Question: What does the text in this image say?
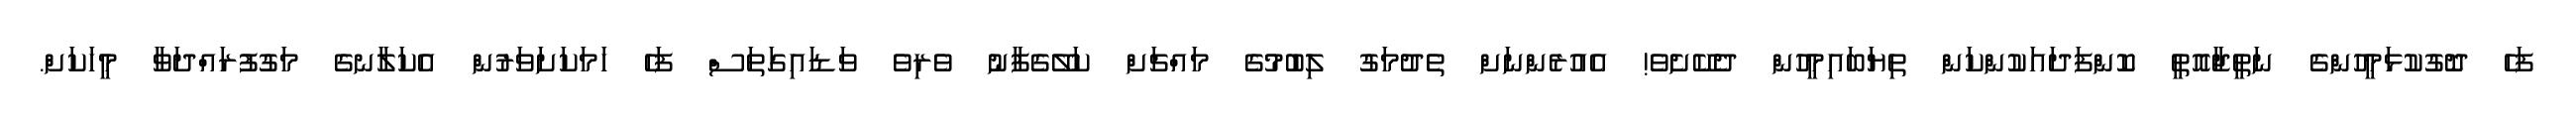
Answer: ފަހެ ދޮގުކުޅަމީހުންގެ ނަތީޖާއޮތީ ކޮންފަދައަކުންކަން ތިޔަބައިމީހުން ދެކޭށެވެ! އެއުރެންނަށް ތެދުމަގު ލިބުމުގެ މައްޗަށް ކަލޭގެފާނު ވެރިވެ ވަޑައިގަތަސް ފަހެ ހަމަކަށަވަރުން އެކަލާނގެ މަގުފުރައްދަވާ މީހަކަށް.